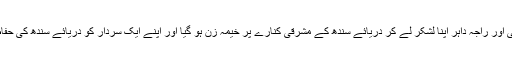
‘‘ سفارت ناکام ہو گئی اور راجہ داہر اپنا لشکر لے کر دریائے سندھ کے مشرقی کنارے پر خیمہ زن ہو گیا اور اپنے ایک سردار کو دریائے سندھ کی حفاظت پر متعین کر دیا۔